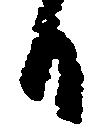
日